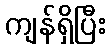
ကျန်ရှိပြီး